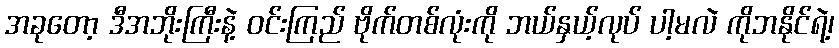
အခုတော့ ဒီအဘိုးကြီးနဲ့ ဝင်းကြည် ဗိုက်တစ်လုံးကို ဘယ်နှယ့်လုပ် ပါ့မလဲ ကိုဘနိုင်ရဲ့၊